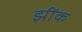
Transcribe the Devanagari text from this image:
झींक